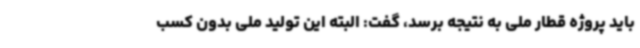
باید پروژه قطار ملی به نتیجه برسد، گفت: البته این تولید ملی بدون کسب